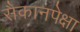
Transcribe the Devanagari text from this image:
सैकानपेक्षा